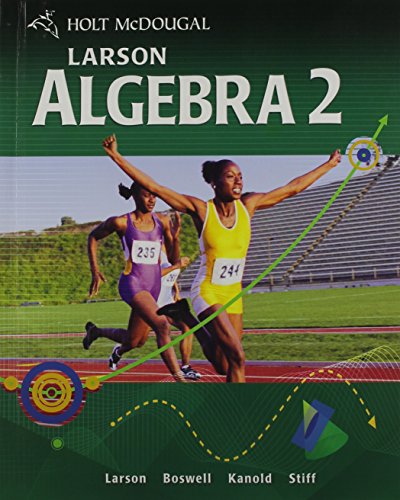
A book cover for Algebra 2, Grades 9-12; HOLT MCDOUGAL; Teen & Young Adult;